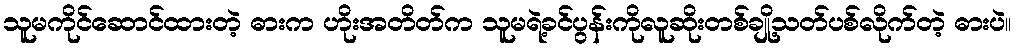
သူမကိုင်ဆောင်ထားတဲ့ ဓားက ဟိုးအတိတ်က သူမရဲ့ခင်ပွန်းကိုလူဆိုးတစ်ချို့သတ်ပစ်လိုက်တဲ့ ဓားပဲ။